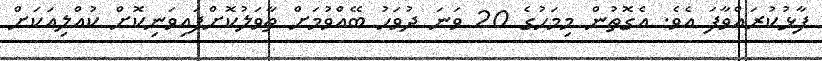
ފާޅުކުރައްވާފަ އެވެ. އެގޮތުން މިމަހުގެ 20 ވަނަ ދުވަހު ބޭއްވުމަށް ތާވަލުކޮށްފައިވަނިކޮށް ކުއްލިއަކަށް